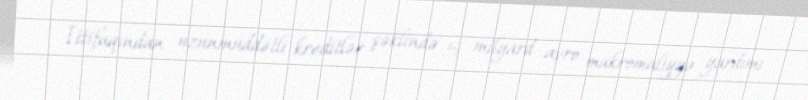
İttifaqından uzunmüddətli kreditlər şəklində 5 milyard avro makromaliyyə yardımı